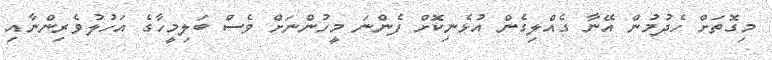
މިގޮތަށް ހެދުމުން އޭނާ ގެއްލިގެން އުޅެނިކޮށް ފެންނަ މީހުންނަށް ވެސް ބަލިމީހާގެ އަހުލުވެރިންނާއި